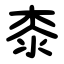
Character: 桼